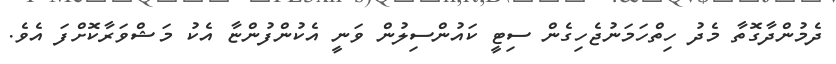
ދެމުންދާގޮތާ މެދު ހިތްހަމަނުޖެހިގެން ސިޓީ ކައުންސިލުން ވަނީ އެކުންފުންޏާ އެކު މަޝްވަރާކޮށްފަ އެވެ.